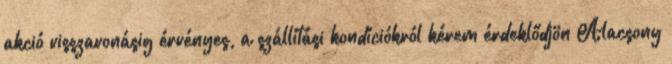
akció visszavonásig érvényes, a szállítási kondíciókról kérem érdeklődjön Alacsony